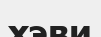
хэви